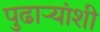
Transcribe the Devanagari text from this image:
पुढाऱ्यांशी